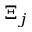
\Xi _ { j }